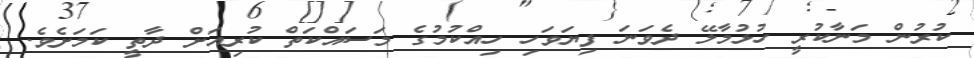
ކުރުން މަނާކުރީ ހުޅުމާލޭ ދެވަނަ ފިޔަވަހި ހިއްކުމުގެ މަސައްކަތް ކުރިއަށް ދާތީ ކަމަށެވެ.